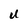
Character: u